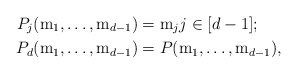
\begin{align*}P_{j}({\rm m}_1, \ldots, {\rm m}_{d-1})&={\rm m}_j j\in[d-1]; \\P_{d}({\rm m}_1, \ldots, {\rm m}_{d-1})&=P({\rm m}_1, \ldots, {\rm m}_{d-1}),\end{align*}